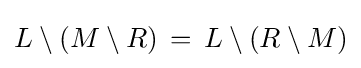
L\setminus (M\setminus R)\,=\,L\setminus (R\setminus M)